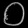
Digit: ၀